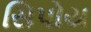
સિપોય